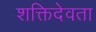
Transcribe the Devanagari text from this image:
शक्तिदेवता